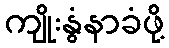
ကျိုးနွံနာခံဖို့